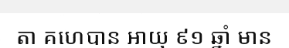
តា គហេបាន អាយុ ៩១ ឆ្នាំ មាន